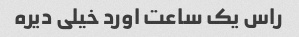
راس یک ساعت اورد خیلی دیره